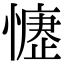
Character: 𢡒